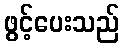
ဖွင့်ပေးသည်